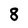
Character: 8